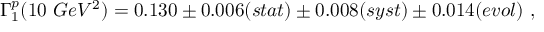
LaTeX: \Gamma _ { 1 } ^ { p } ( 1 0 ~ G e V ^ { 2 } ) = 0 . 1 3 0 \pm 0 . 0 0 6 ( s t a t ) \pm 0 . 0 0 8 ( s y s t ) \pm 0 . 0 1 4 ( e v o l ) ~ ,